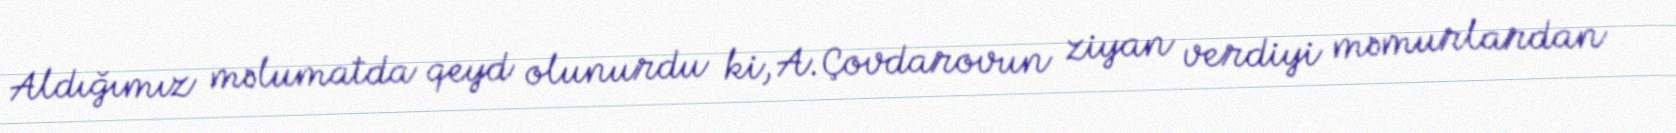
Aldığımız məlumatda qeyd olunurdu ki, A.Çovdarovun ziyan verdiyi məmurlardan